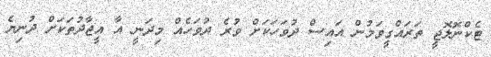
ޓެކްނޮލޮޖީ ތަރައްގީވަމުން އައިސް ދުވަހަކަށް ވުރެ ދުވަހެއް މިދަނީ އާ އީޖާދުތަކަށް ދުނިޔެ